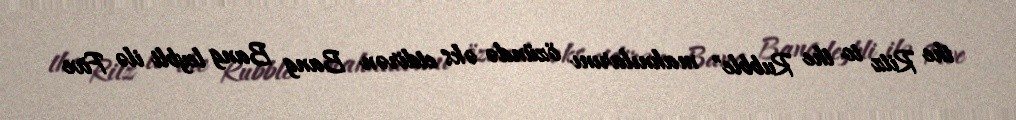
the Ritz to the Rubble" mahnılarını özündə əks etdirən Bang Bang leybli ilə Five